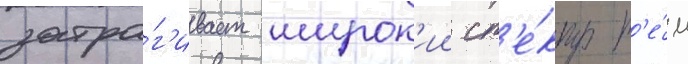
затра́г'ивает широк'ии сп'е́ктр т'е́м